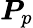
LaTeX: \boldsymbol{P}_{p}